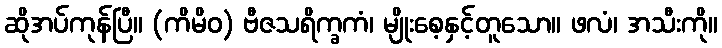
ဆိုအပ်ကုန်ပြီ။ (ကိမိဝ) ဗီဇသရိက္ခကံ၊ မျိုးစေ့နှင့်တူသော။ ဖလံ၊ အသီးကို။